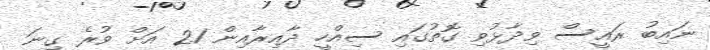
ނައިބު ރައީސް ވިދާޅުވި ގޮތުގައި ސިއްހީ ދާއިރާއިން 21 އަށް ވުރެ ގިނަ